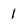
Character: 1